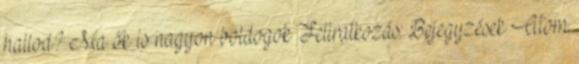
hallod? Ma ők is nagyon boldogok Feliratkozás: Bejegyzések Atom